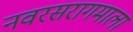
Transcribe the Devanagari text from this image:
नवरसरागमाला